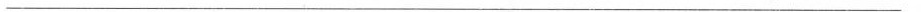
___